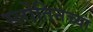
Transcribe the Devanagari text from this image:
स्लोतिनच्या